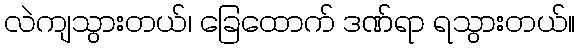
လဲကျသွားတယ်၊ ခြေထောက် ဒဏ်ရာ ရသွားတယ်။